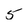
Character: 5